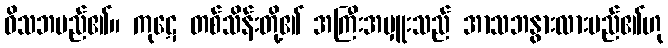
ဝိသဘမည်၏။ ကုဋေ တစ်သိန်းတို့၏ အကြီးအမှူးသည် အာသဘနွားလားမည်၏ဟု